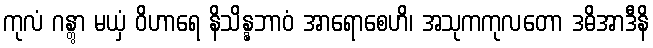
ကုလံ ဂန္တွာ မယှံ ဝိဟာရေ နိသိန္နဘာဝံ အာရောစေဟိ၊ အသုကကုလတော ဒဓိအာဒီနိ